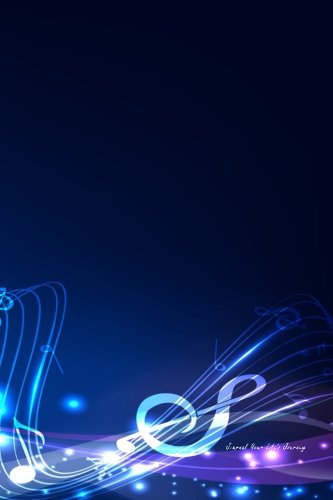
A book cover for Journal Your Life's Journey: Abstract Musical Notes, Lined Journal, 6 x 9, 100 Pages; Journal Your Life's Journey; Self-Help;